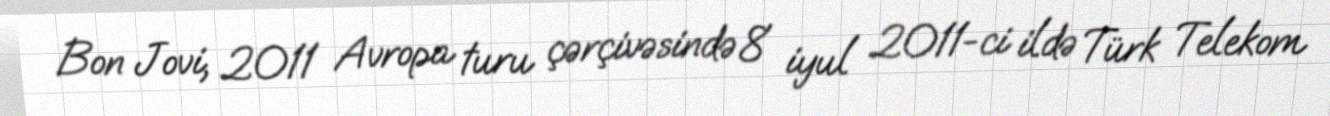
Bon Jovi, 2011 Avropa turu çərçivəsində 8 iyul 2011-ci ildə Türk Telekom